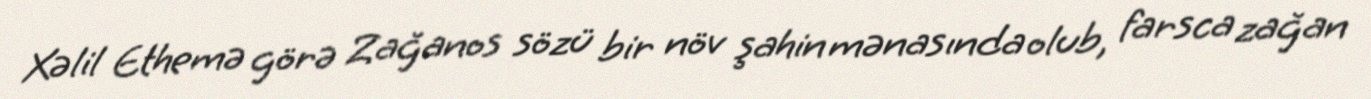
Xəlil Ethemə görə Zağanos sözü bir növ şahin mənasında olub, farsca zağan